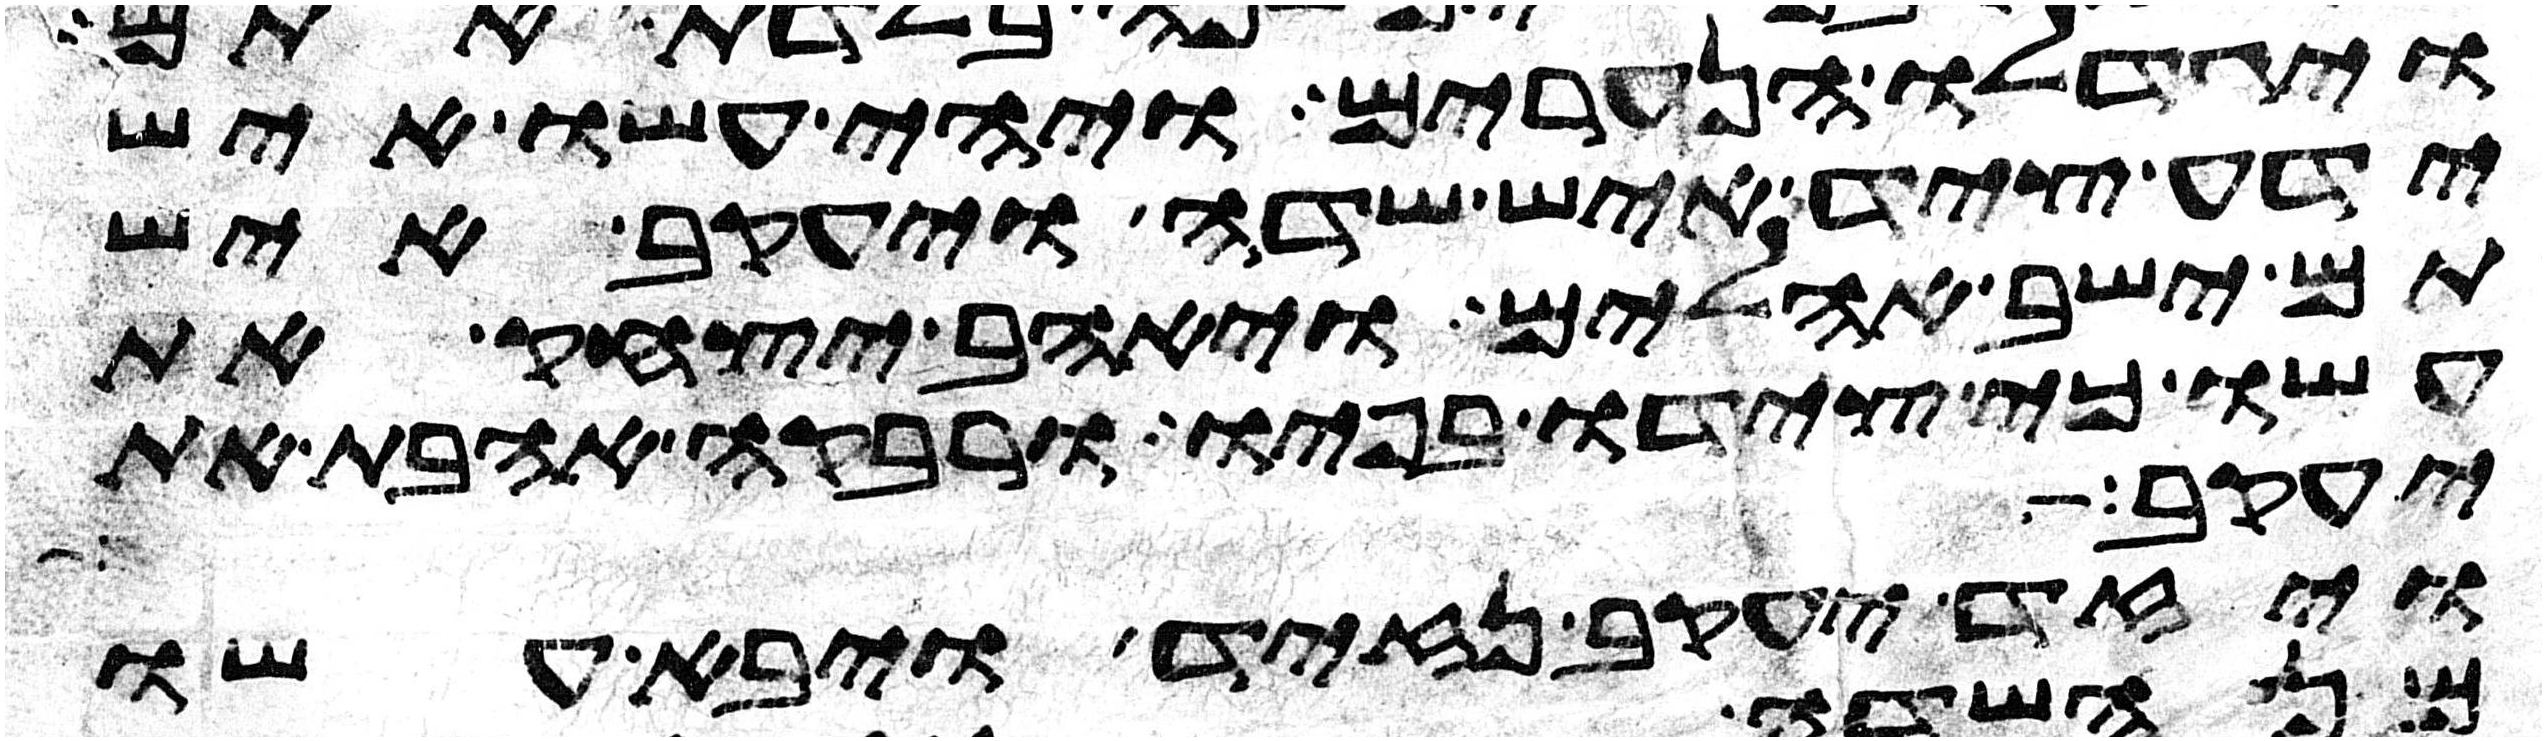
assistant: ויגדלו הנערים ויהי עשו איש
ידע ציד איש שדה ויעקב איש
תם ישב אהלים ויאהב יצחק את
עשו כי צידו בפיו ורבקה אהבת את
יעקב מאת פני יצחק אביו ועשו
ויזד יעקב נזיד ויבא עשו